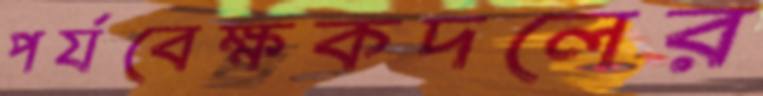
পর্যবেক্ষকদলের